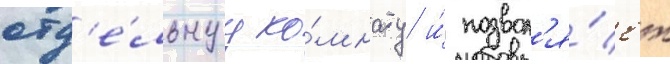
отд'е́льнуу ко́мнату и́ позвол'я́ет